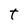
Character: T